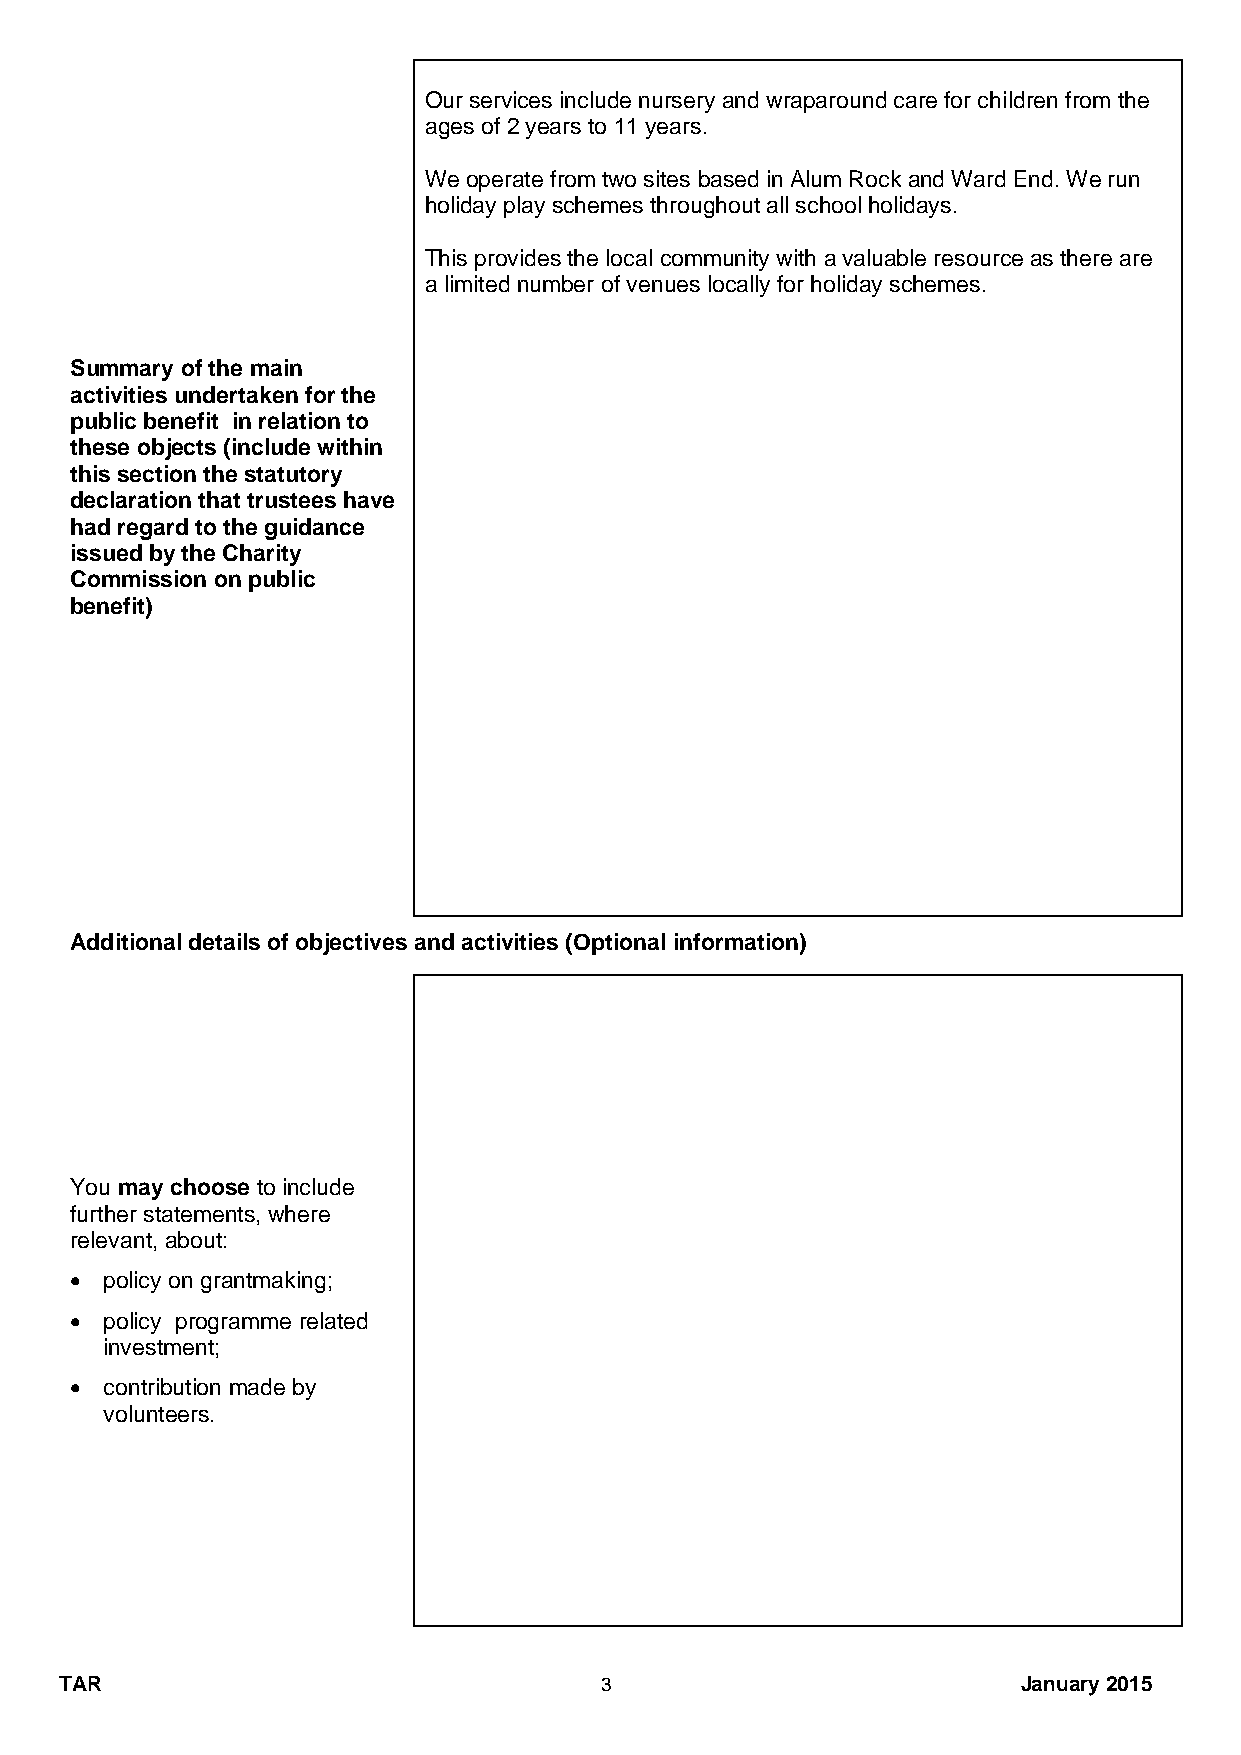
Our services include nursery and wraparound care for children from the
 ages of 2 years to 11 years.
 We operate from two sites based in Alum Rock and Ward End. We run
 holiday play schemes throughout all school holidays.
 This provides the local community with a valuable resource as there are
 a limited number of venues locally for holiday schemes.
 Summary of the main
 activities undertaken for the
 public benefit in relation to
 these objects (include within
 this section the statutory
 declaration that trustees have
 had regard to the guidance
 issued by the Charity
 Commission on public
 benefit)
 Additional details of objectives and activities (Optional information)
 You may choose to include
 further statements, where
 relevant, about:
  policy on grantmaking;
  policy programme related
 investment;
  contribution made by
 volunteers.
 TAR                                 3                           January 2015